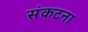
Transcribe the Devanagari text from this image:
संकटना